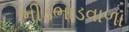
ભીડભાડવાળા